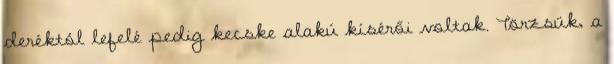
deréktól lefelé pedig kecske alakú kísérői voltak. Törzsük, a